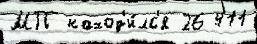
МП наход'и́лс'я 26 411